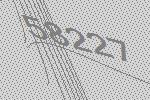
58227